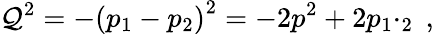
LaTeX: \mathcal{Q}^{2}=-\left(p_{1}-p_{2}\right)^{2}=-2p^{2}+2p_{1}\cdotp_{2}\; ,